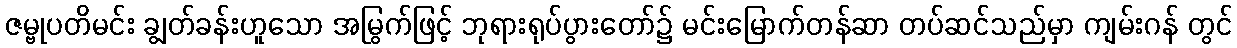
ဇမ္ဗုပတိမင်း ချွတ်ခန်းဟူသော အမြွက်ဖြင့် ဘုရားရုပ်ပွားတော်၌ မင်းမြောက်တန်ဆာ တပ်ဆင်သည်မှာ ကျမ်းဂန် တွင်